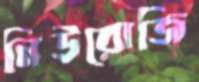
নিউরোজি